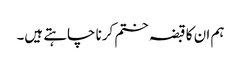
ہم ان کا قبضہ ختم کرنا چاہتے ہیں۔